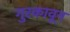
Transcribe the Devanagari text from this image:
गुरकावून